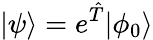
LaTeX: |\psi\rangle=e^{\hat{T}}|\phi_{0}\rangle